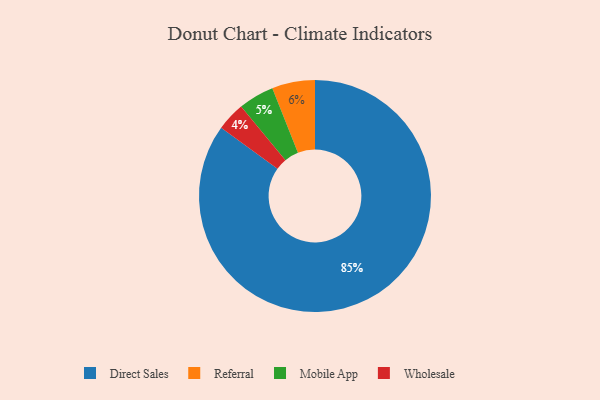
{"axis": {"x": "Category", "y": "Percentage"}, "legend": ["Direct Sales", "Mobile App", "Referral", "Wholesale"], "data": [{"x": "Direct Sales", "y": 85, "type": "Direct Sales"}, {"x": "Referral", "y": 6, "type": "Referral"}, {"x": "Wholesale", "y": 4, "type": "Wholesale"}, {"x": "Mobile App", "y": 5, "type": "Mobile App"}]}